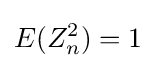
E(Z_{n}^{2})=1